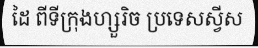
ដៃ ពីទីក្រុងហ្សួរិច ប្រទេសស្វីស